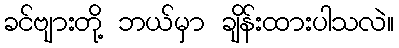
ခင်ဗျားတို့ ဘယ်မှာ ချိန်းထားပါသလဲ။